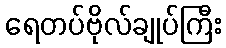
ရေတပ်ဗိုလ်ချုပ်ကြီး